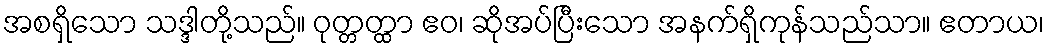
အစရှိသော သဒ္ဒါတို့သည်။ ဝုတ္တတ္ထာ ဧဝ၊ ဆိုအပ်ပြီးသော အနက်ရှိကုန်သည်သာ။ ဧတာယ၊